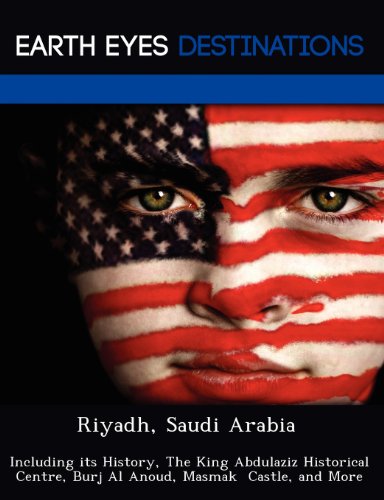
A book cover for Riyadh, Saudi Arabia: Including its History, The King Abdulaziz Historical Centre, Burj Al Anoud, Masmak  Castle, and More; Sam Night; Travel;